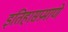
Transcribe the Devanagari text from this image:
इतिहासप्रमाणे